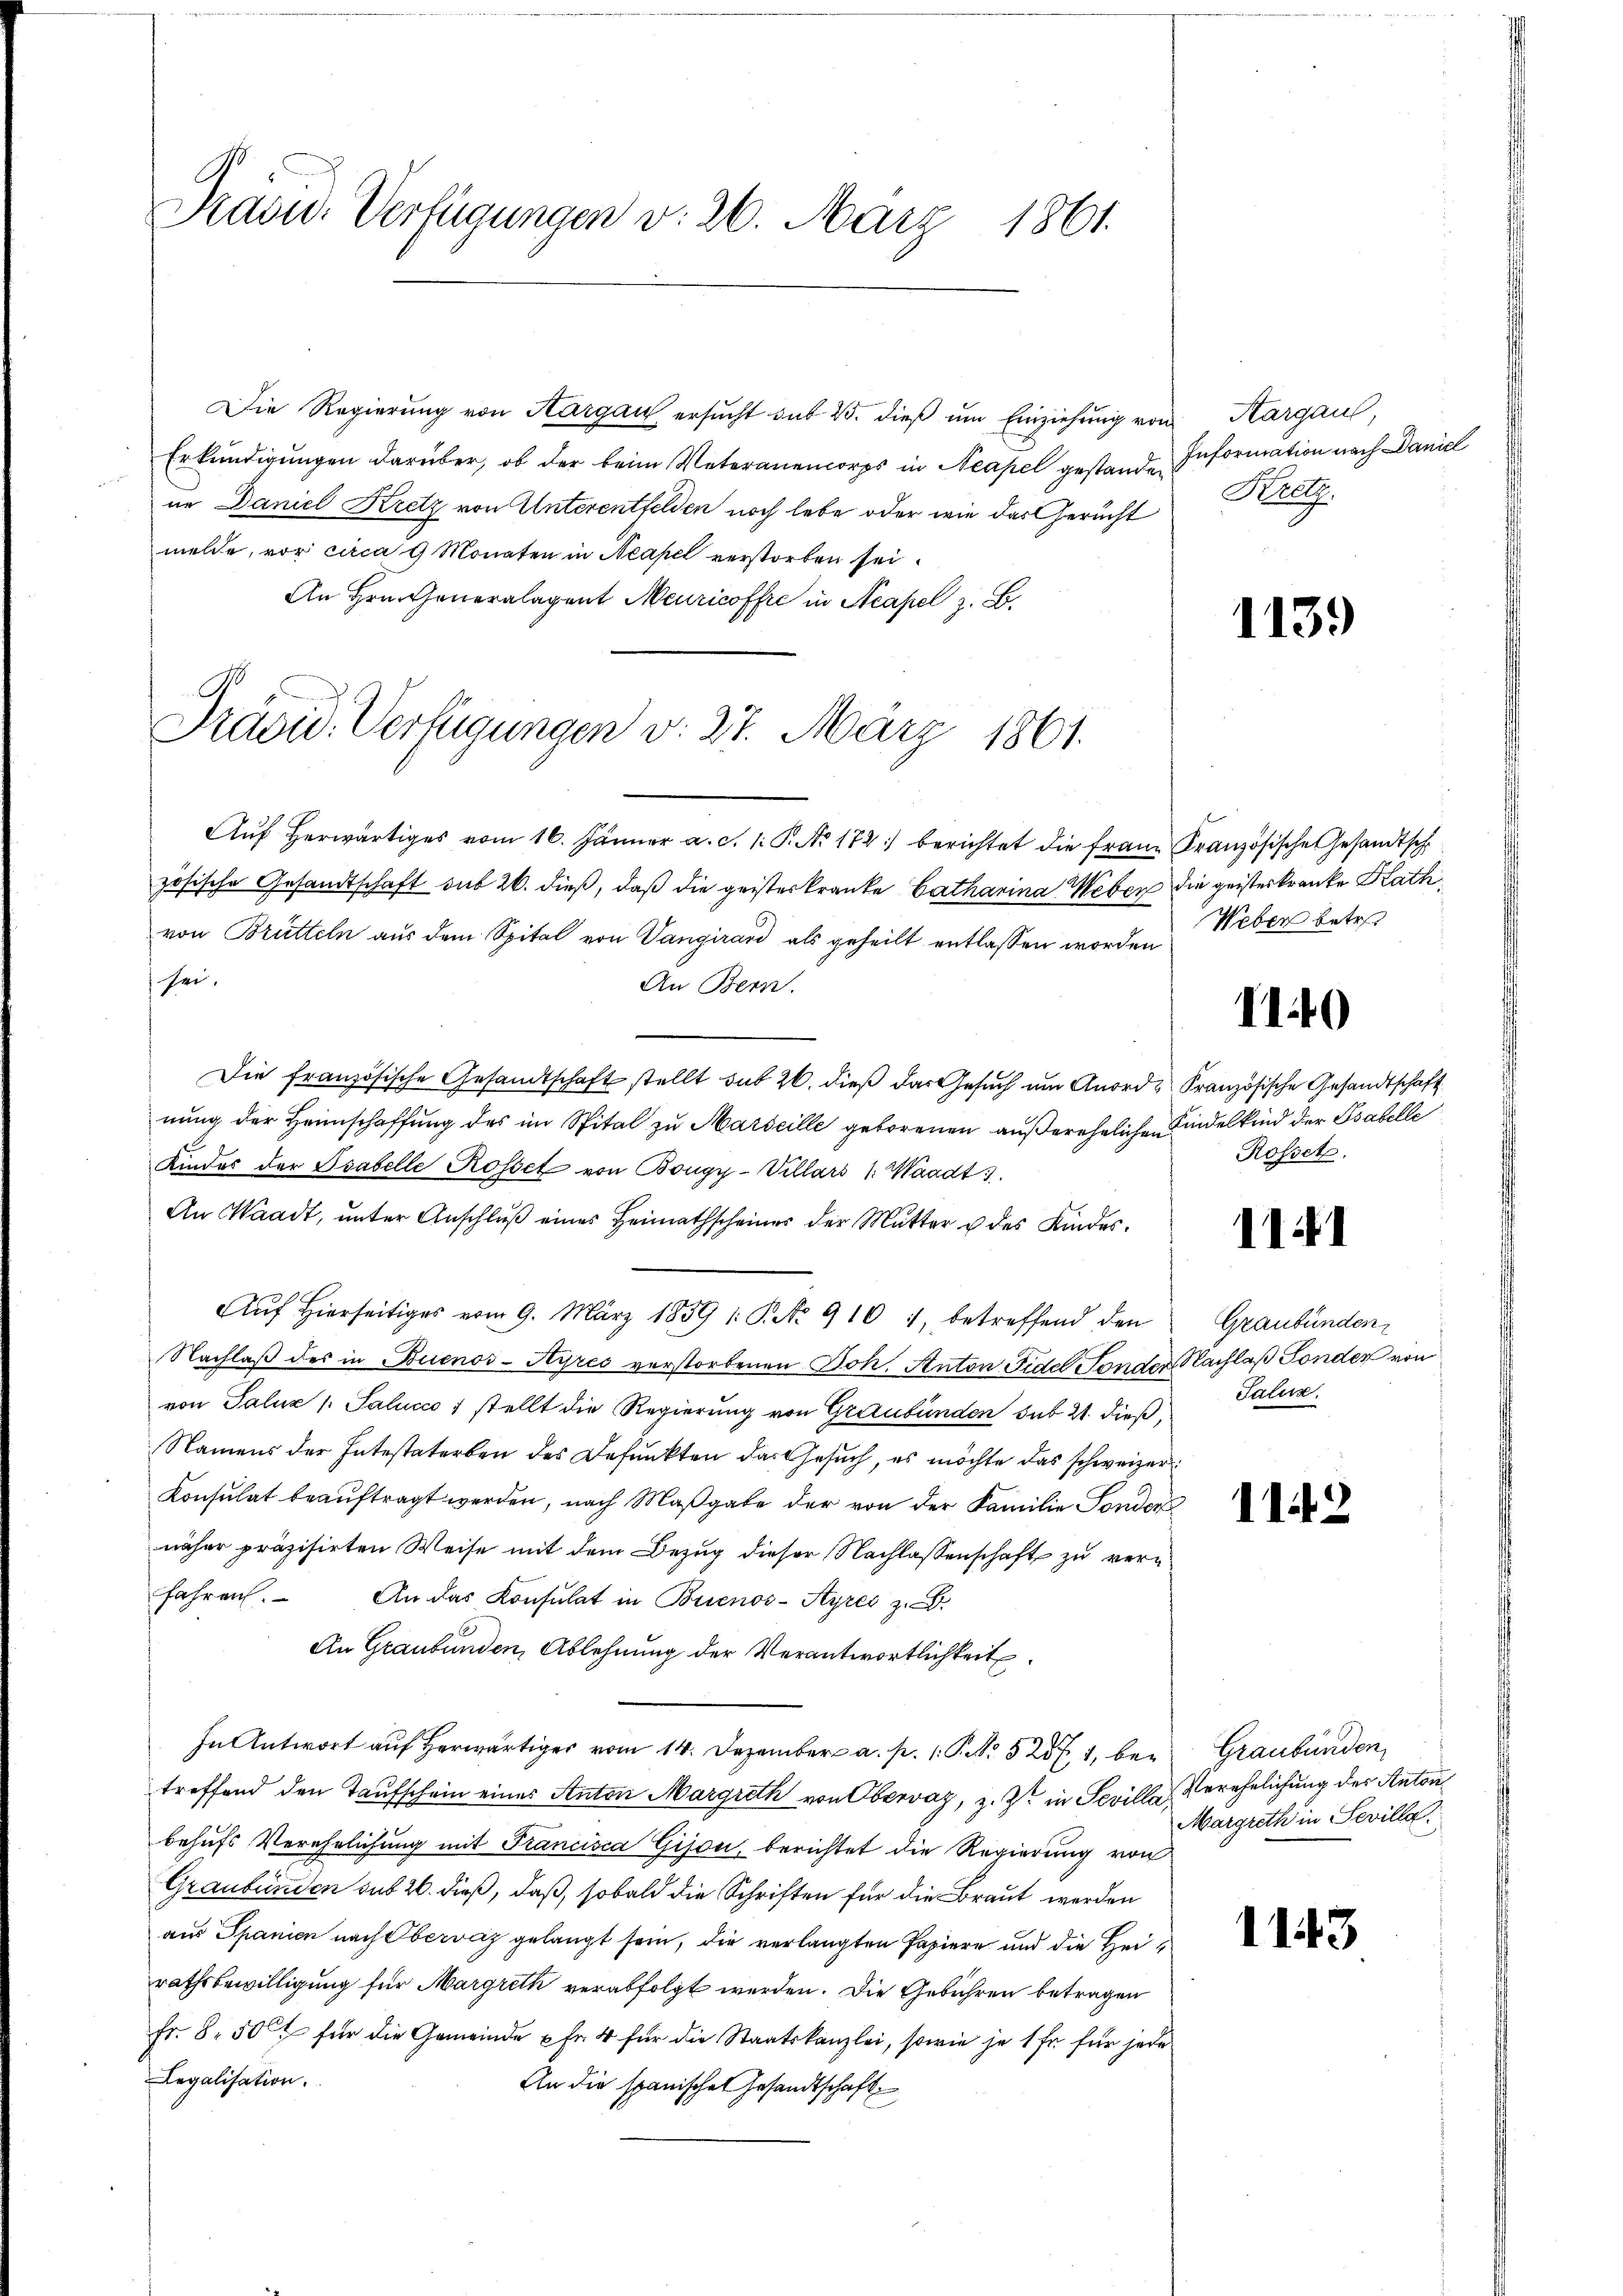
c
Padw. Verfügungen v. 26. März 1861.

Die Regierung von Aargau ersucht sub 25. dieß um Einziehung von
Erkundigungen darüber, ob der beim Veteranencorps in Neapel gestanden Information nach Daniel
ne Daniel Kretz von Unterentfelden noch lebe oder wie das Gericht
melde, vor circa 9 Monaten in Neapel verstorben sei.
An Hrn. Generalagent Meuricoffre in Neapel z. B.
S

Präsid. Verfügungen v. 27. März 1861.

Aŭf herwärtiges vom 16. Jänner a. c. 1. P. No 172. berichtet die franz Französische Gesandtsch
zösische Gesandtschaft sub 26. dieß, daß die geisterkranke Catharina Weben die geisterkranke Rathvon Brütteln aus dem Spital von Vangirard als geheilt entlassen worden
 sei.
An Bern.
Die französische Gesandtschaft stellt sub 20. dieß das Gesuch um Anord- Französische Gesandtschaft
nung der Heimschaffung des im Spital zu Marseille geborenen außerehelichen Kindelkind der Gabelle
Kinder der Isabelle Rossez von Bougy-Villars 1. Waadt
An Waadt, unter Anschluß eines Heimathscheines der Mutter u des Kindes¬
Aŭf Hierseitiges vom 9. März 1859 1: P. No 910 1, betreffend den
Nachlaß des in Buenos-Ayres verstorbenen Joh. Anton Fidel Fonder Nachlaß Sonder von
von Saluz /: Salucco 1 stellt die Regierung von Graubünden sub 21. dieß,
Namens der Intestaterben des Befunkten das Gesuch, es möchte das schweizer
Konsulat beauftragt werden, nach Maßgabe der von der Familie Sonder
näher präzisirten Weise mit dem Bezug dieser Nachlassenschaft zu vern
fahren.
An das Konsulat in Buenos-Ayres z. B.
An Graubünden, Ablehnung der Verantwortlichkeit
In Antwort auf herwärtiger vom 14. Dezember a. p. 1. P. No 525 f. 1, betreffend den Taufschein eines Anton Margreth von Obervaz, z. Z. in Sevilla Verehelichung der Anton
behufs Verehelichung mit Francisca Gison, berichtet die Regierung von
Graubünden sub 26. dieß, daß, sobald die Schriften für die Braut werden
aus Spanien nach Obervaz gelangt sein, die verlangten Papiere und die Heirathsbewilligung für Margreth verabfolgt werden. Die Gebühren betragen
Fr. 8. 500 für die Gemeinde u Fr. 4 für die Staatskanzlei, sowie je 1 Fr. für jede
Legalisation.
An die spanischen Gesandtschaft

Kargau,
Kretz

1139

Weber betret

I1.40

Rosset.

111

Graubünden
Salins.

1142

Graubünden,
Margreth in Sevilla.

1143